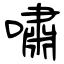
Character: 嘯